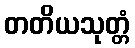
တတိယသုတ္တံ